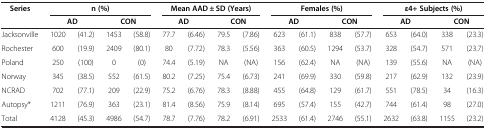
| <ROWSPAN=2> Series | <COLSPAN=4> n (%) | <COLSPAN=4> Mean AAD ± SD (Years) | <COLSPAN=4> Females (%) | <COLSPAN=4> ε4+ Subjects (%) |
 | <COLSPAN=2> AD | <COLSPAN=2> CON | <COLSPAN=2> AD | <COLSPAN=2> CON | <COLSPAN=2> AD | <COLSPAN=2> CON | <COLSPAN=2> AD | <COLSPAN=2> CON |
 | --- | --- | --- | --- | --- | --- | --- | --- | --- | --- | --- | --- | --- | --- | --- | --- | --- |
 | Jacksonville | 1020 | (41.2) | 1453 | (58.8) | 77.7 | (6.46) | 79.5 | (7.86) | 623 | (61.1) | 838 | (57.7) | 653 | (64.0) | 338 | (23.3) |
 | Rochester | 600 | (19.9) | 2409 | (80.1) | 80 | (7.72) | 78.3 | (5.56) | 363 | (60.5) | 1294 | (53.7) | 328 | (54.7) | 571 | (23.7) |
 | Poland | 250 | (100) | 0 | (0) | 74.4 | (5.19) | NA | (NA) | 156 | (62.4) | NA | (NA) | 139 | (55.6) | NA | (NA) |
 | Norway | 345 | (38.5) | 552 | (61.5) | 80.2 | (7.25) | 75.4 | (6.73) | 241 | (69.9) | 330 | (59.8) | 217 | (62.9) | 132 | (23.9) |
 | NCRAD | 702 | (77.1) | 209 | (22.9) | 75.2 | (6.76) | 78.3 | (8.88) | 455 | (64.8) | 129 | (61.7) | 551 | (78.5) | 34 | (16.3) |
 | Autopsy* | 1211 | (76.9) | 363 | (23.1) | 81.4 | (8.56) | 75.9 | (8.14) | 695 | (57.4) | 155 | (42.7) | 744 | (61.4) | 98 | (27.0) |
 | Total | 4128 | (45.3) | 4986 | (54.7) | 78.7 | (7.76) | 78.2 | (6.91) | 2533 | (61.4) | 2746 | (55.1) | 2632 | (63.8) | 1155 | (23.2) |